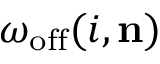
\omega _ { \mathrm { o f f } } ( i , \mathbf { n } )